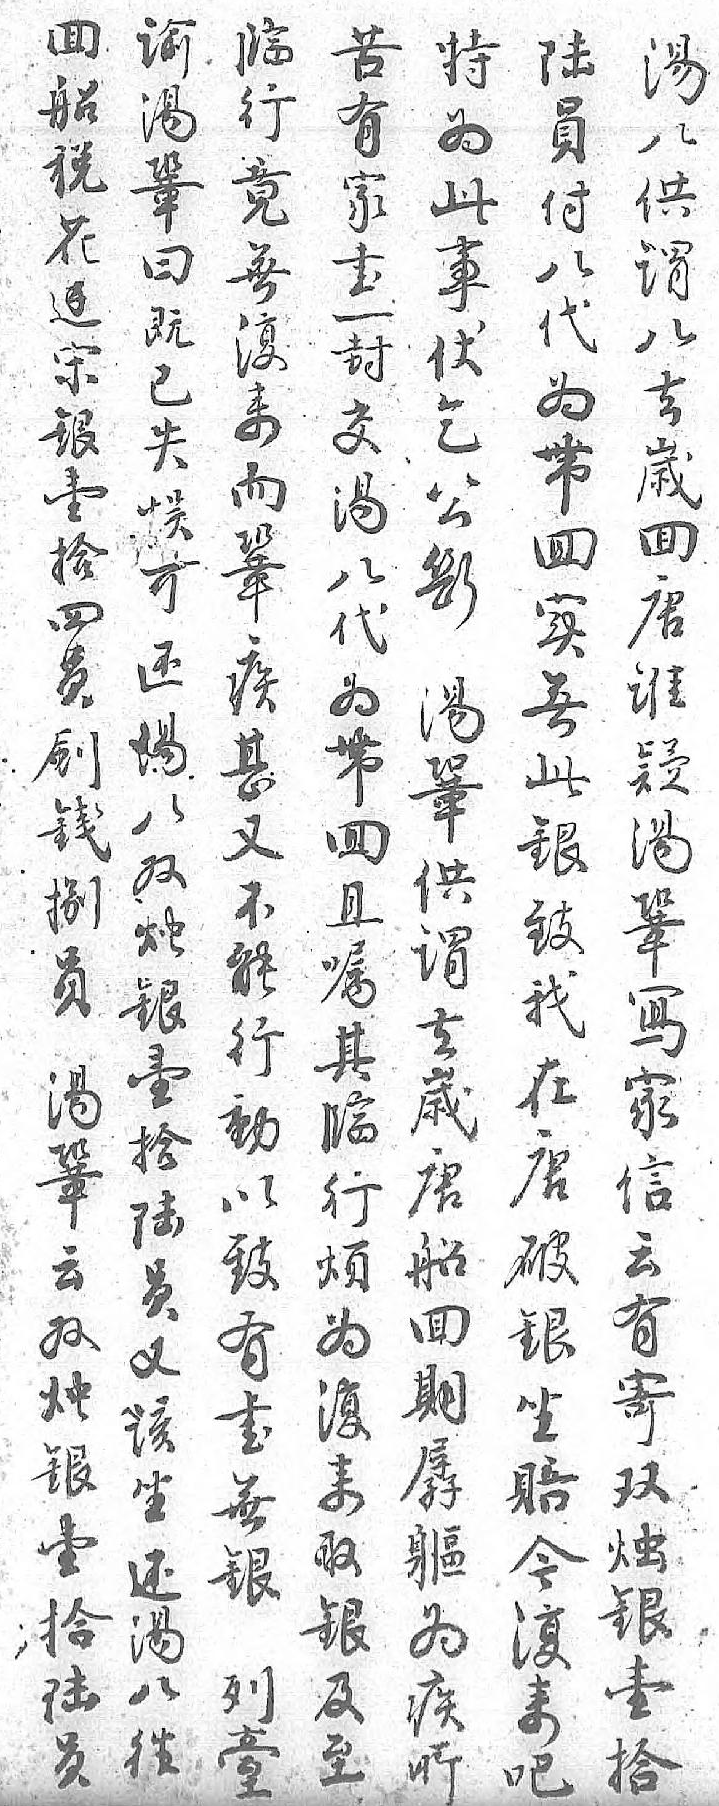
囬苦特谕湯临陆船有为湯八行員税家此鞏供竟付花書事曰谓無八边一伏既八復代宋封乞已去来为銀交公失嵗而帶壹湯斷悮囬鞏回拾八湯可唐疾实四代鞏还谁甚無员为供湯疑又此剑帶谓八湯不銀錢囬去双鞏能致捌且嵗烛寫行我员嘱唐銀家動在湯其船壹信以唐鞏临囬拾云致破云行期陆有有銀双烦孱员寄書坐烛为軀又双無賠銀復为该烛銀今壹来疾坐銀列復拾取所还壹𦤼来陆銀 湯拾 吧员及 八    至 往